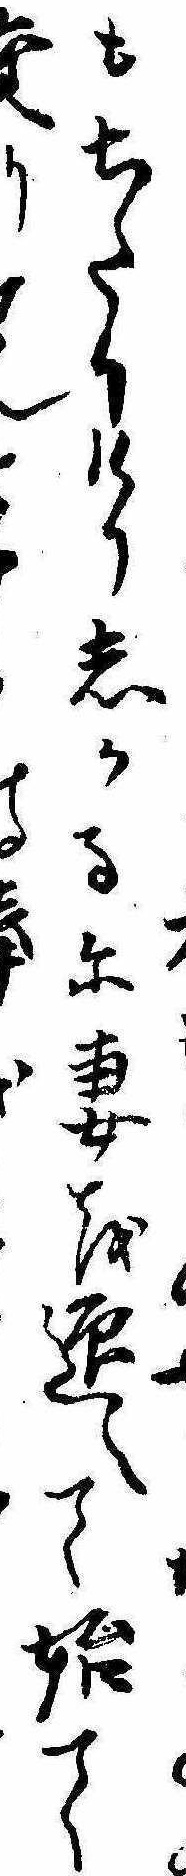
もちたりけりしかるに妻を迎へて始て交りん